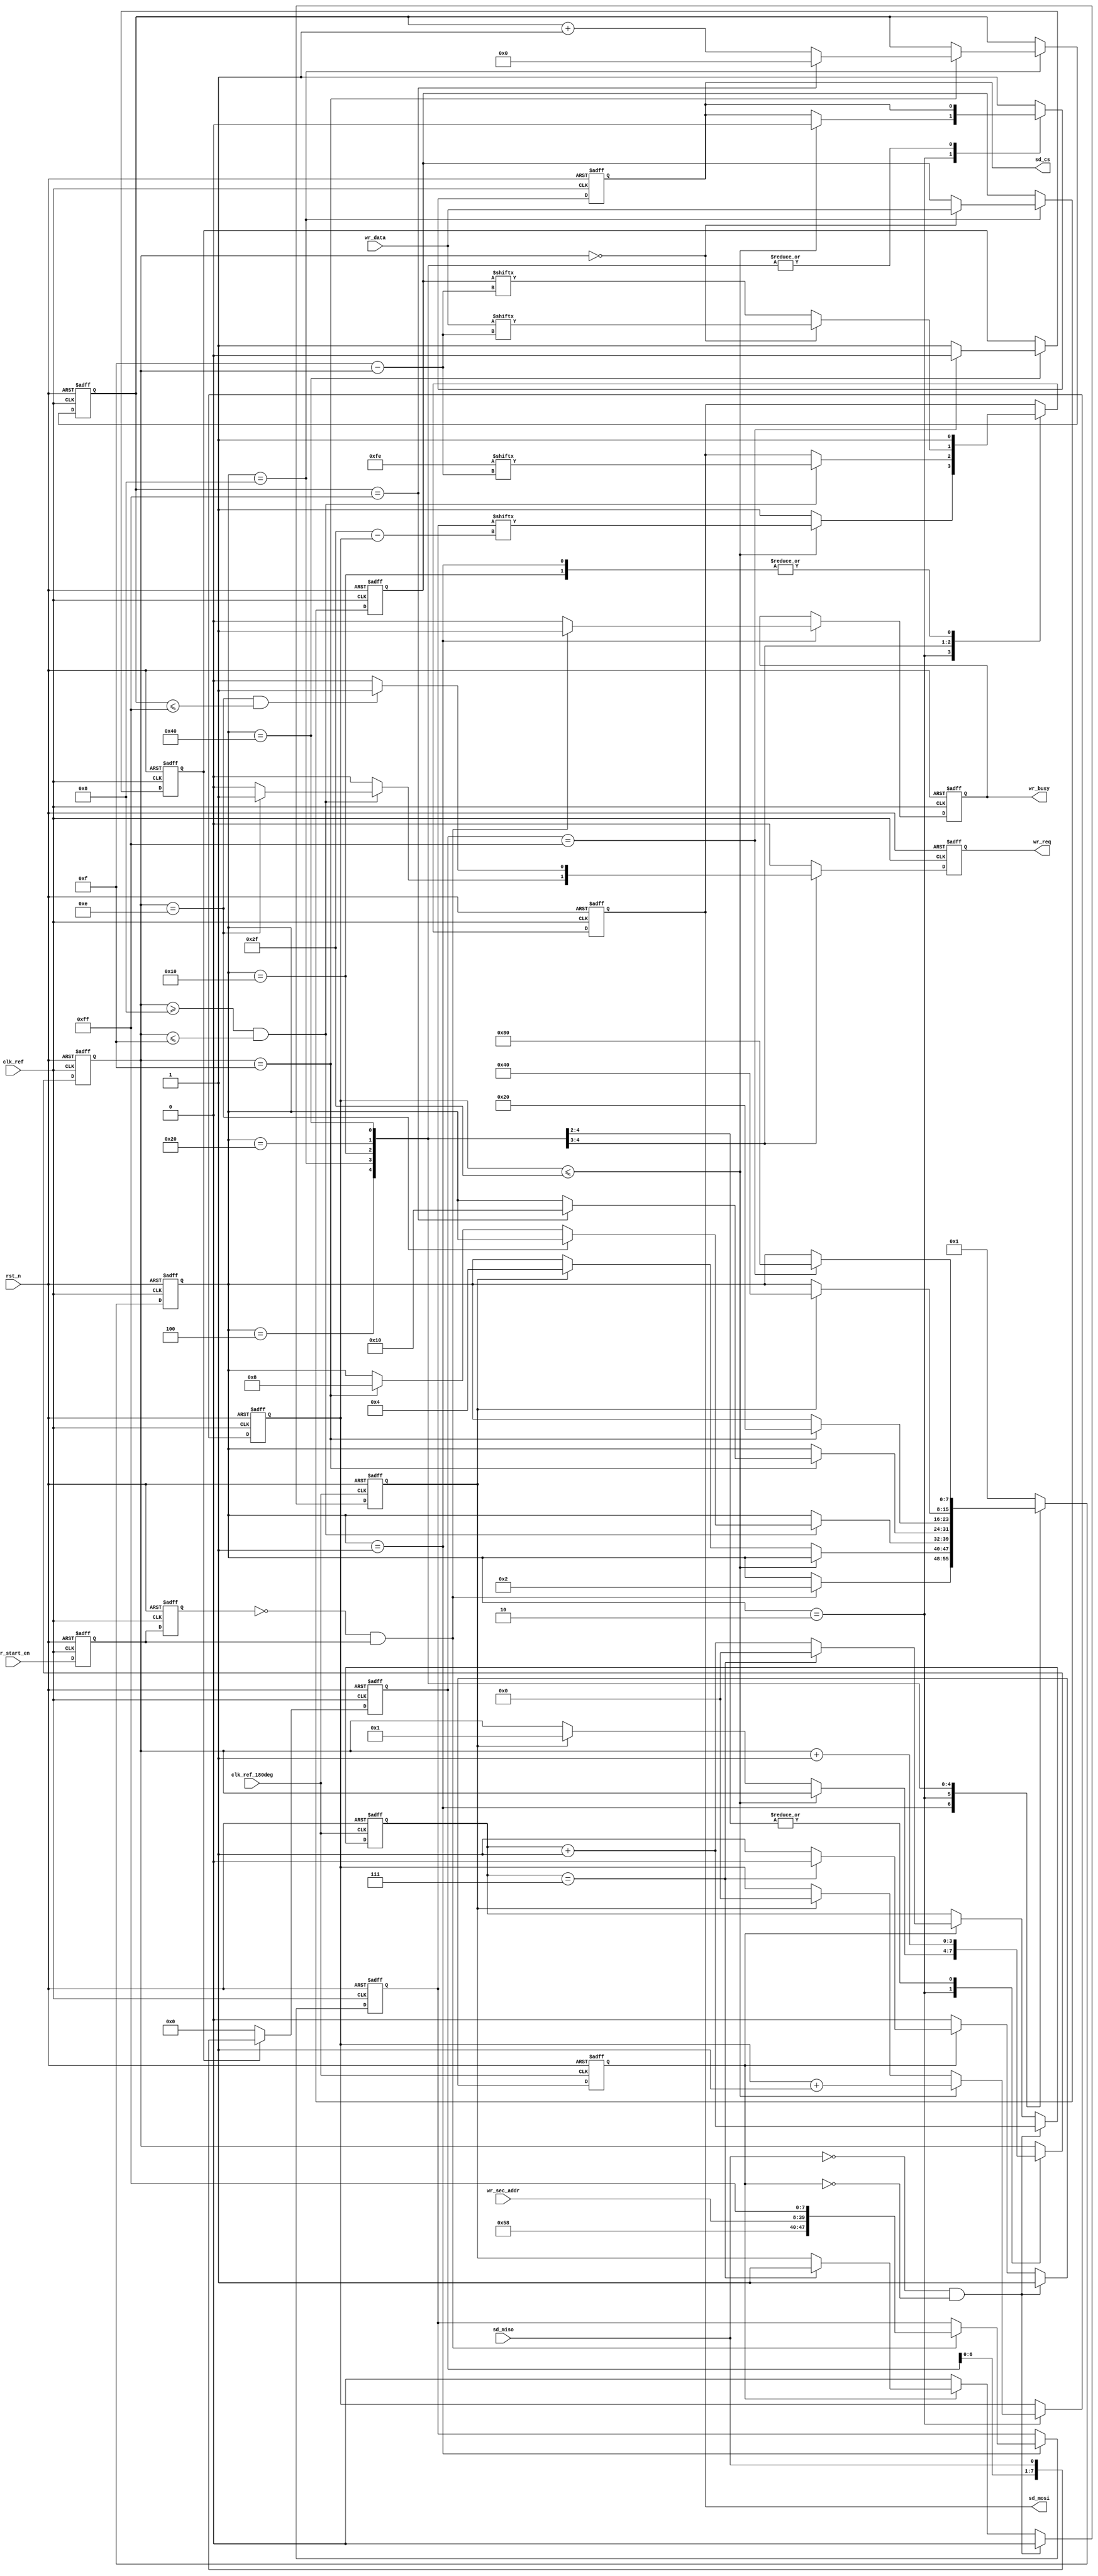
//****************************************Copyright (c)***********************************//
//www.yuanzige.com
//www.openedv.com
//http://openedv.taobao.com
//""ZYNQ & FPGA & STM32 & LINUX
//
//Copyright(C)  2018-2028
//All rights reserved
//----------------------------------------------------------------------------------------
// File name:           sd_write
// Last modified Date:  2020/05/28 20:28:08
// Last Version:        V1.0
// Descriptions:        SD
//                      
//----------------------------------------------------------------------------------------
// Created by:          
// Created date:        2020/05/28 20:28:08
// Version:             V1.0
// Descriptions:        The original version
//
//----------------------------------------------------------------------------------------
//****************************************************************************************//


module sd_write(
    input                clk_ref       ,  //
    input                clk_ref_180deg,  //,clk_ref180
    input                rst_n         ,  //,
    //SD
    input                sd_miso       ,  //SDSPI
    output  reg          sd_cs         ,  //SDSPI  
    output  reg          sd_mosi       ,  //SDSPI
    //    
    input                wr_start_en   ,  //SD
    input        [31:0]  wr_sec_addr   ,  //
    input        [15:0]  wr_data       ,  //                          
    output  reg          wr_busy       ,  //
    output  reg          wr_req           //
    );

//parameter define
parameter  HEAD_BYTE = 8'hfe    ;         //
parameter  IDLE = 8'b0000_0001;
parameter  A = 8'b0000_0010;
parameter  B = 8'b0000_0100;
parameter  C = 8'b0000_1000;
parameter  D = 8'b0001_0000;
parameter  E = 8'b0010_0000;
parameter  F = 8'b0100_0000;
parameter  G = 8'b1000_0000;
                             
//reg define                    
reg            wr_en_d0         ;         //wr_start_en
reg            wr_en_d1         ;   
reg            res_en           ;         //SD      
reg    [7:0]   res_data         ;         //SD                 
reg            res_flag         ;         //
reg    [5:0]   res_bit_cnt      ;         //                   
                                
reg    [7:0]   wr_ctrl_cnt      /* synthesis syn_preserve=1 */;         //
reg    [47:0]  cmd_wr           ;         //
reg    [5:0]   cmd_bit_cnt      ;         //
reg    [3:0]   bit_cnt          ;         //
reg    [8:0]   data_cnt         ;         //
reg    [15:0]  wr_data_t        ;         //
reg            detect_done_flag /* synthesis syn_preserve=1 */;         //
reg    [7:0]   detect_data      /* synthesis syn_preserve=1 */;         //

//wire define
wire           pos_wr_en        ;         //SD

//*****************************************************
//**                    main code
//*****************************************************


assign  pos_wr_en = (~wr_en_d1) & wr_en_d0;

//wr_start_en
always @(posedge clk_ref or negedge rst_n) begin
    if(!rst_n) begin
        wr_en_d0 <= 1'b0;
        wr_en_d1 <= 1'b0;
    end    
    else begin
        wr_en_d0 <= wr_start_en;
        wr_en_d1 <= wr_en_d0;
    end        
end 

//sd
//clk_ref_180deg(sd_clk)
always @(posedge clk_ref_180deg or negedge rst_n) begin
    if(!rst_n) begin
        res_en <= 1'b0;
        res_data <= 8'd0;
        res_flag <= 1'b0;
        res_bit_cnt <= 6'd0;
    end    
    else begin
        //sd_miso = 0 
        if(sd_miso == 1'b0 && res_flag == 1'b0) begin
            res_flag <= 1'b1;
            res_data <= {res_data[6:0],sd_miso};
            res_bit_cnt <= res_bit_cnt + 6'd1;
            res_en <= 1'b0;
        end    
        else if(res_flag) begin
            res_data <= {res_data[6:0],sd_miso};
            res_bit_cnt <= res_bit_cnt + 6'd1;
            if(res_bit_cnt == 6'd7) begin
                res_flag <= 1'b0;
                res_bit_cnt <= 6'd0;
                res_en <= 1'b1; 
            end                
        end  
        else
            res_en <= 1'b0;       
    end
end 

//SD
always @(posedge clk_ref or negedge rst_n) begin
    if(!rst_n)
        detect_data <= 8'd0;   
    else if(detect_done_flag)
        detect_data <= {detect_data[6:0],sd_miso};
    else
        detect_data <= 8'd0;    
end        

//SD
always @(posedge clk_ref or negedge rst_n) begin
    if(!rst_n) begin
        sd_cs <= 1'b1;
        sd_mosi <= 1'b1; 
        wr_ctrl_cnt <= IDLE;
        wr_busy <= 1'b0;
        cmd_wr <= 48'd0;
        cmd_bit_cnt <= 6'd0;
        bit_cnt <= 4'd0;
        wr_data_t <= 16'd0;
        data_cnt <= 9'd0;
        wr_req <= 1'b0;
        detect_done_flag <= 1'b0;
    end
    else begin
        wr_req <= 1'b0;
        case(wr_ctrl_cnt)
            IDLE : begin
                wr_busy <= 1'b0;                          //
                sd_cs <= 1'b1;                                 
                sd_mosi <= 1'b1;                               
                if(pos_wr_en) begin                            
                    cmd_wr <= {8'h58,wr_sec_addr,8'hff};    //CMD24
                    wr_ctrl_cnt <= A;      //1
                    //,
                    wr_busy <= 1'b1;                      
                end                                            
            end   
            A : begin
                if(cmd_bit_cnt <= 6'd47) begin              //
                    cmd_bit_cnt <= cmd_bit_cnt + 6'd1;
                    sd_cs <= 1'b0;
                    sd_mosi <= cmd_wr[6'd47 - cmd_bit_cnt]; //                 
                end    
                else begin
                    sd_mosi <= 1'b1;
                    if(res_en) begin                        //SD
                        wr_ctrl_cnt <= B;  //1 
                        cmd_bit_cnt <= 6'd0;
                        bit_cnt <= 4'd1;
                    end    
                end     
            end                                                                                                     
            B : begin                                       
                bit_cnt <= bit_cnt + 4'd1;     
                //bit_cnt = 0~7 8
                //bit_cnt = 8~15,8'hfe        
                if(bit_cnt>=4'd8 && bit_cnt <= 4'd15) begin
                    sd_mosi <= HEAD_BYTE[4'd15-bit_cnt];    //
                    if(bit_cnt == 4'd14)                       
                        wr_req <= 1'b1;                   //
                    else if(bit_cnt == 4'd15)                  
                        wr_ctrl_cnt <= C;  //1   
                end                                            
            end                                                
            C : begin                                    // 
                bit_cnt <= bit_cnt + 4'd1;                     
                if(bit_cnt == 4'd0) begin                      
                    sd_mosi <= wr_data[4'd15-bit_cnt];      //     
                    wr_data_t <= wr_data;                   //   
                end                                            
                else                                           
                    sd_mosi <= wr_data_t[4'd15-bit_cnt];    //
                if((bit_cnt == 4'd14) && (data_cnt <= 9'd255)) 
                    wr_req <= 1'b1;                          
                if(bit_cnt == 4'd15) begin                     
                    data_cnt <= data_cnt + 9'd1;  
                    //BLOCK512 = 256 * 16bit             
                    if(data_cnt == 9'd255) begin
                        data_cnt <= 9'd0;            
                        //,1          
                        wr_ctrl_cnt <= D;    
                        //detect_done_flag <= 1'b1;   
                    end                                        
                end                                            
            end       
            //2CRC,SPI,8'hff                                         
            D : begin                                     
                bit_cnt <= bit_cnt + 4'd1;                  
                sd_mosi <= 1'b1;                 
                //crc,1              
                if(bit_cnt == 4'd15)                           
                    wr_ctrl_cnt <= E;            
            end                                                
            E : begin                              
                if(res_en)                                  //SD   
                    wr_ctrl_cnt <= F;         
            end                                                
            F : begin                                    //           
                detect_done_flag <= 1'b1;                   
                //detect_data = 8'hff,SD,
                if(detect_data == 8'hff) begin              
                    wr_ctrl_cnt <= G;         
                    detect_done_flag <= 1'b0;                  
                end         
            end    
            default : begin
                //,,8
                sd_cs <= 1'b1;   
                wr_ctrl_cnt <= IDLE;
            end     
        endcase
    end
end            

endmodule